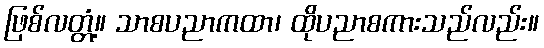
ဖြစ်လတ္တံ့။ သာစပညာကထာ၊ ထိုပညာစကားသည်လည်း။